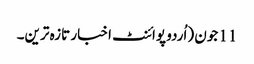
11 جون (اُردو پوائنٹ اخبار تازہ ترین۔